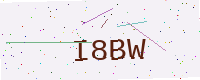
Text: I8BW